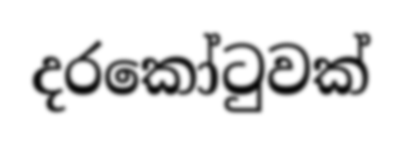
දරකෝටුවක්